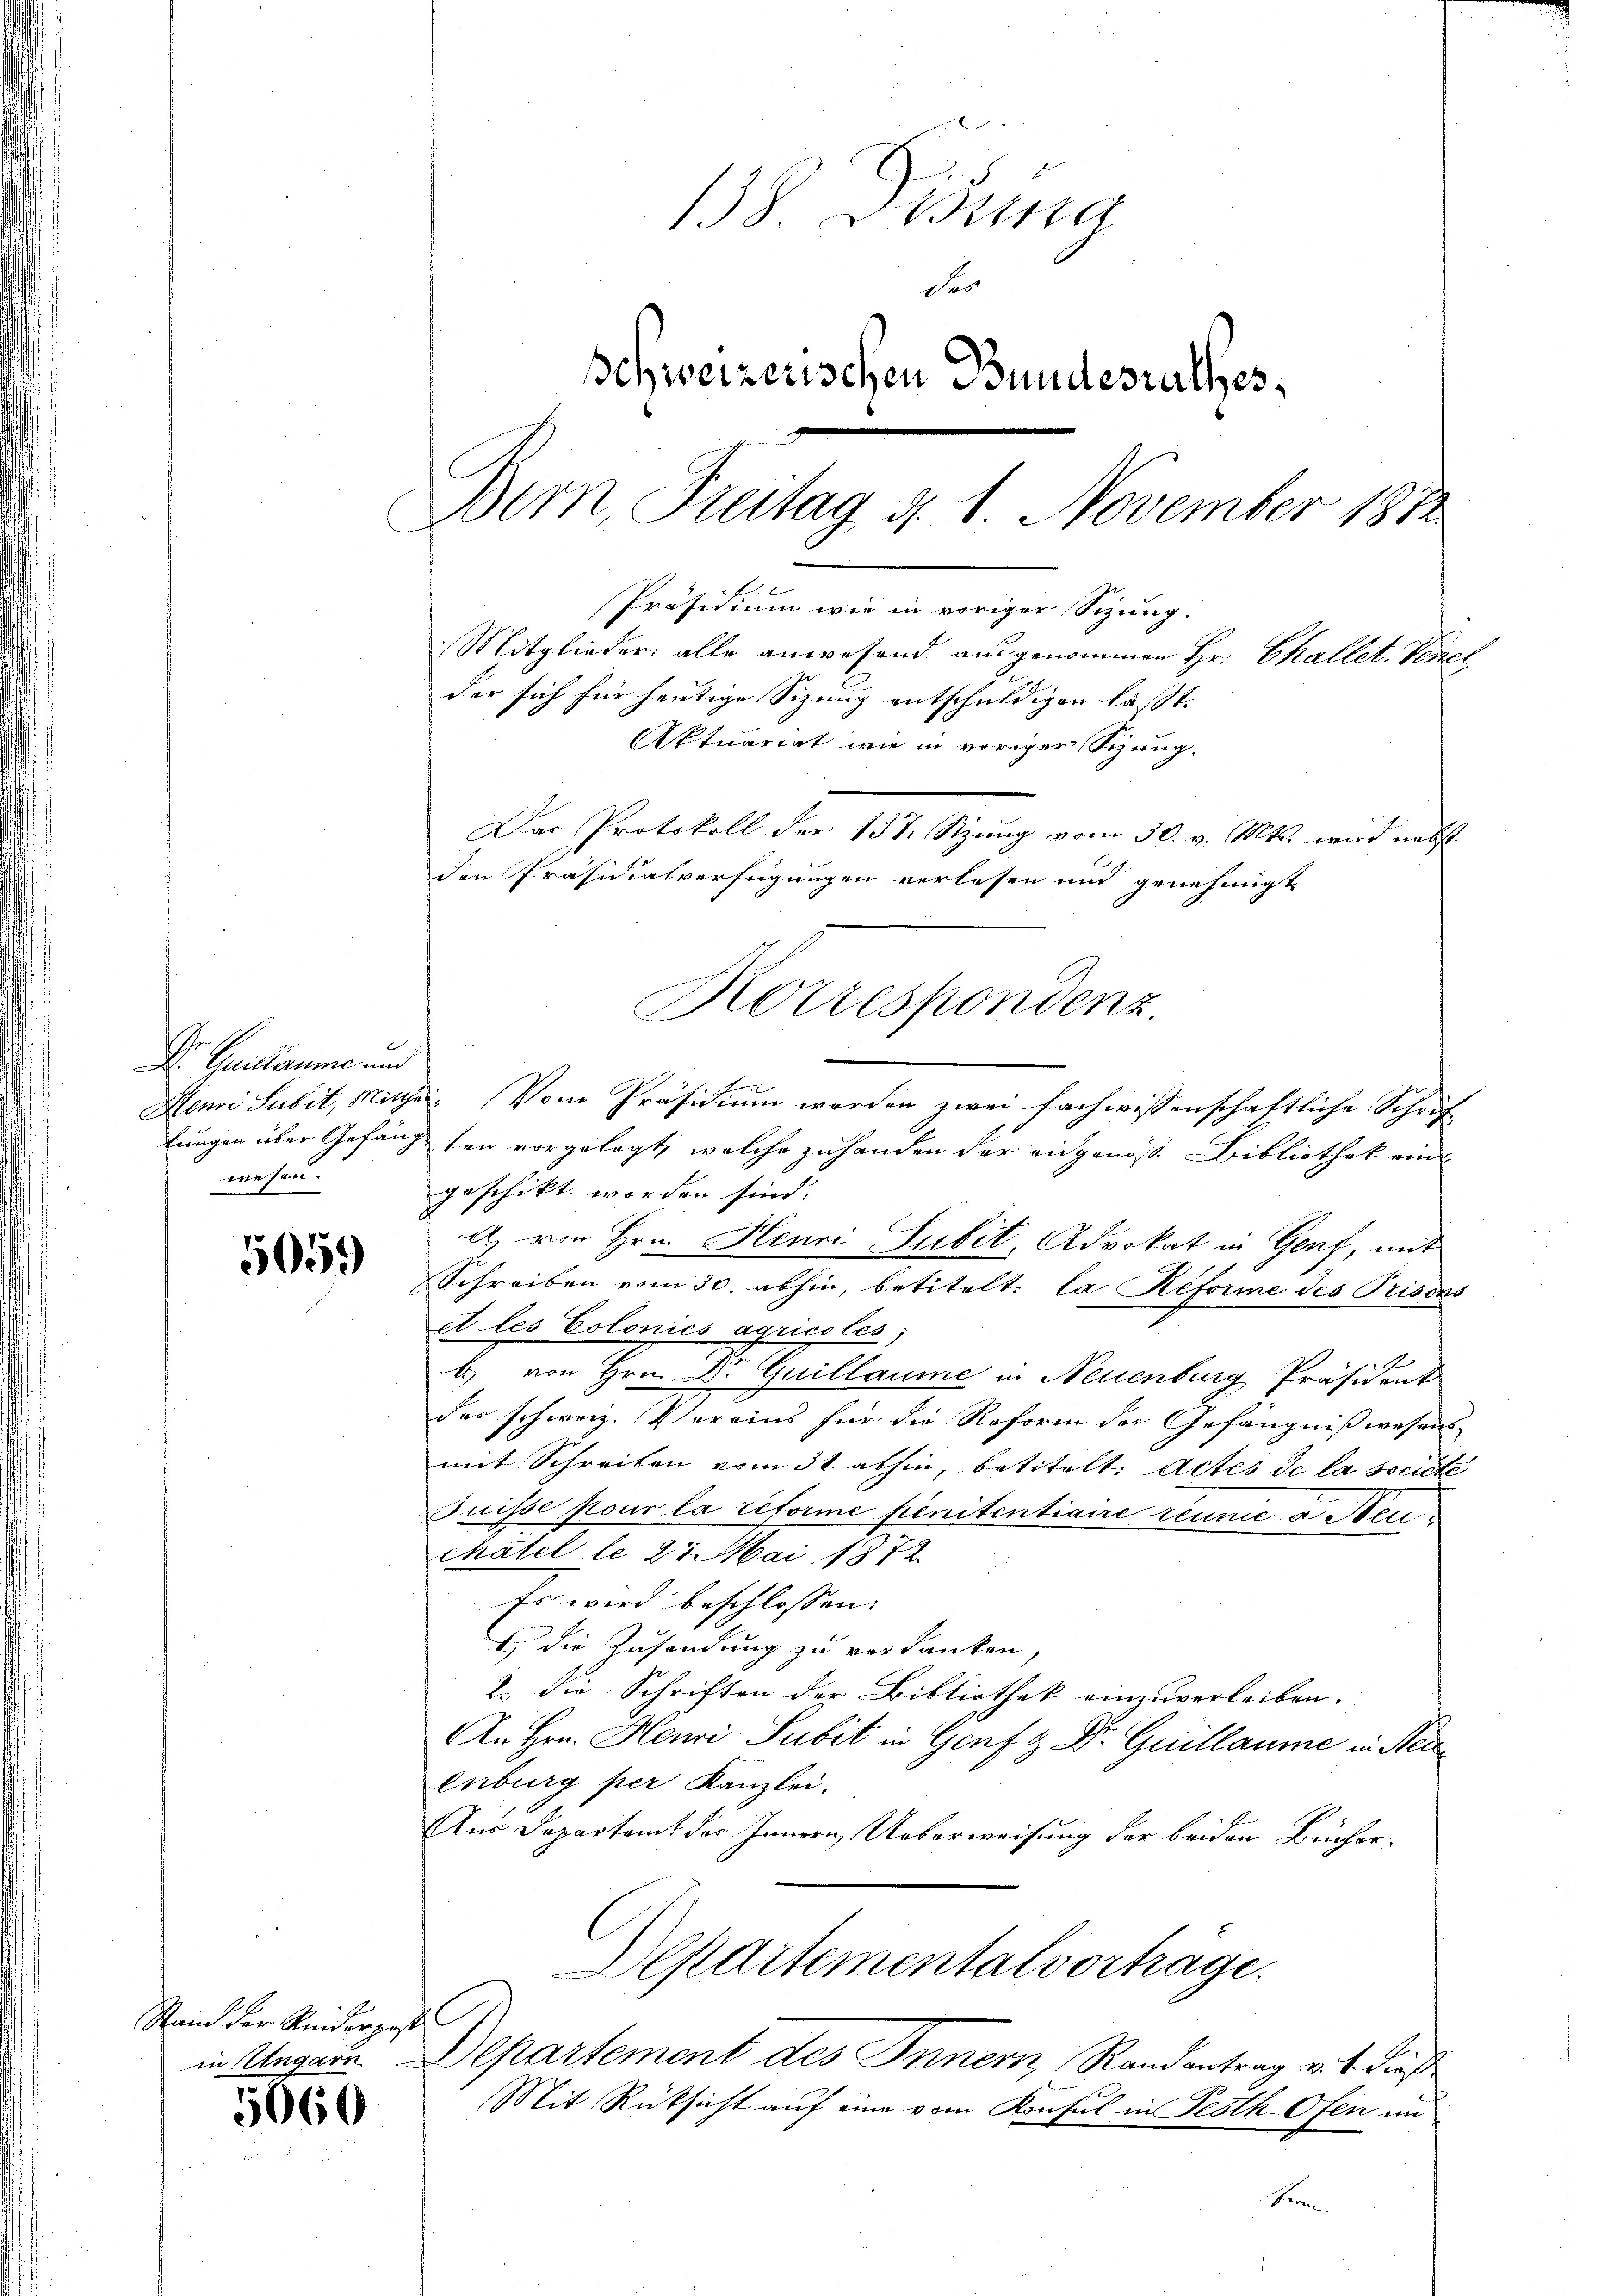
Dr. Quittaume und
wesen.

5059

5060

3 24
Fer
schweizerischen Bundesrathes,
Bern, Freitag d. 1. November 1882
Präsidium wie in voriger Sizung.
Mitglieder alle anwesend ausgenommen Hr. Challet. Venel
der sich für heutige Sizung entschuldigen lasst.
Aktuariat wie in voriger Schaug-
Das Protokoll der 131 Stzung vom 30. v. Mts. wird nebst
den Präsidialverfügungen verlesen und genehmigt
Korrespondenz.

Stand der Reiderpost

Henni Subit, Mitthei- Vom Präsidium werden zwei fachwissenschaftliche Schriflungen über Gefängten vorgelegt, welche zu handen der angenoß. Bibliothek eingeschikt worden sind.
d) von Hrn. Henri Jubil, Advokat in Genf, mit
Schreiben vom 30. abhin, betitelt: la Reforme des Prisons
et les Colonics agricolés;
b) von Hrn. Dr Guillaume in Neuenburg, Präsident
des schweiz. Vereins für die Reform der Gefängnißwesens
mit Schreiben vom 31. abhin, betitelt. Actes de la societe
Juisse pour la reforme penitentiaire reume a Steuchatel le 22. Mai 1872
Er wird beschlossen:
 die Zusendung zu verdanken,
2.) Die Schriften der Bibliothek einzuverleiben.
An Hrn. Henri Subit in Genf & Dr Guillaume in Nei
enburg per Kanzlei.
Aus Departamt des Innern, Ueberweisung der beiden Bücher¬
Departementalvortrage.
in Ungarn. Departement des Innern, Randantrag v. 1. dieß
Mit Rücksicht auf eine vom Konsul in Festh-Ofen un
Fern